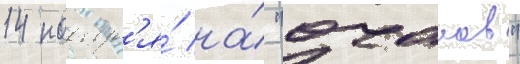
14 ноабр'я́ на́ "очаков"